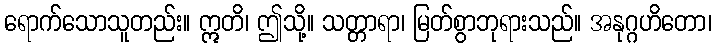
ရောက်သောသူတည်း။ ဣတိ၊ ဤသို့။ သတ္တာရာ၊ မြတ်စွာဘုရားသည်။ အနုဂ္ဂဟိတော၊